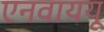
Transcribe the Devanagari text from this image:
एनवाययू